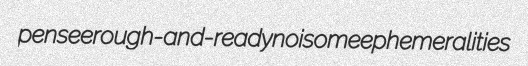
pensee rough-and-ready noisome ephemeralities